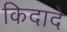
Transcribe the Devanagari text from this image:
किदादे